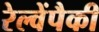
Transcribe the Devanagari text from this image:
रेल्वेंपैकी